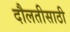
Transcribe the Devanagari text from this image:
दौलतीसाठी